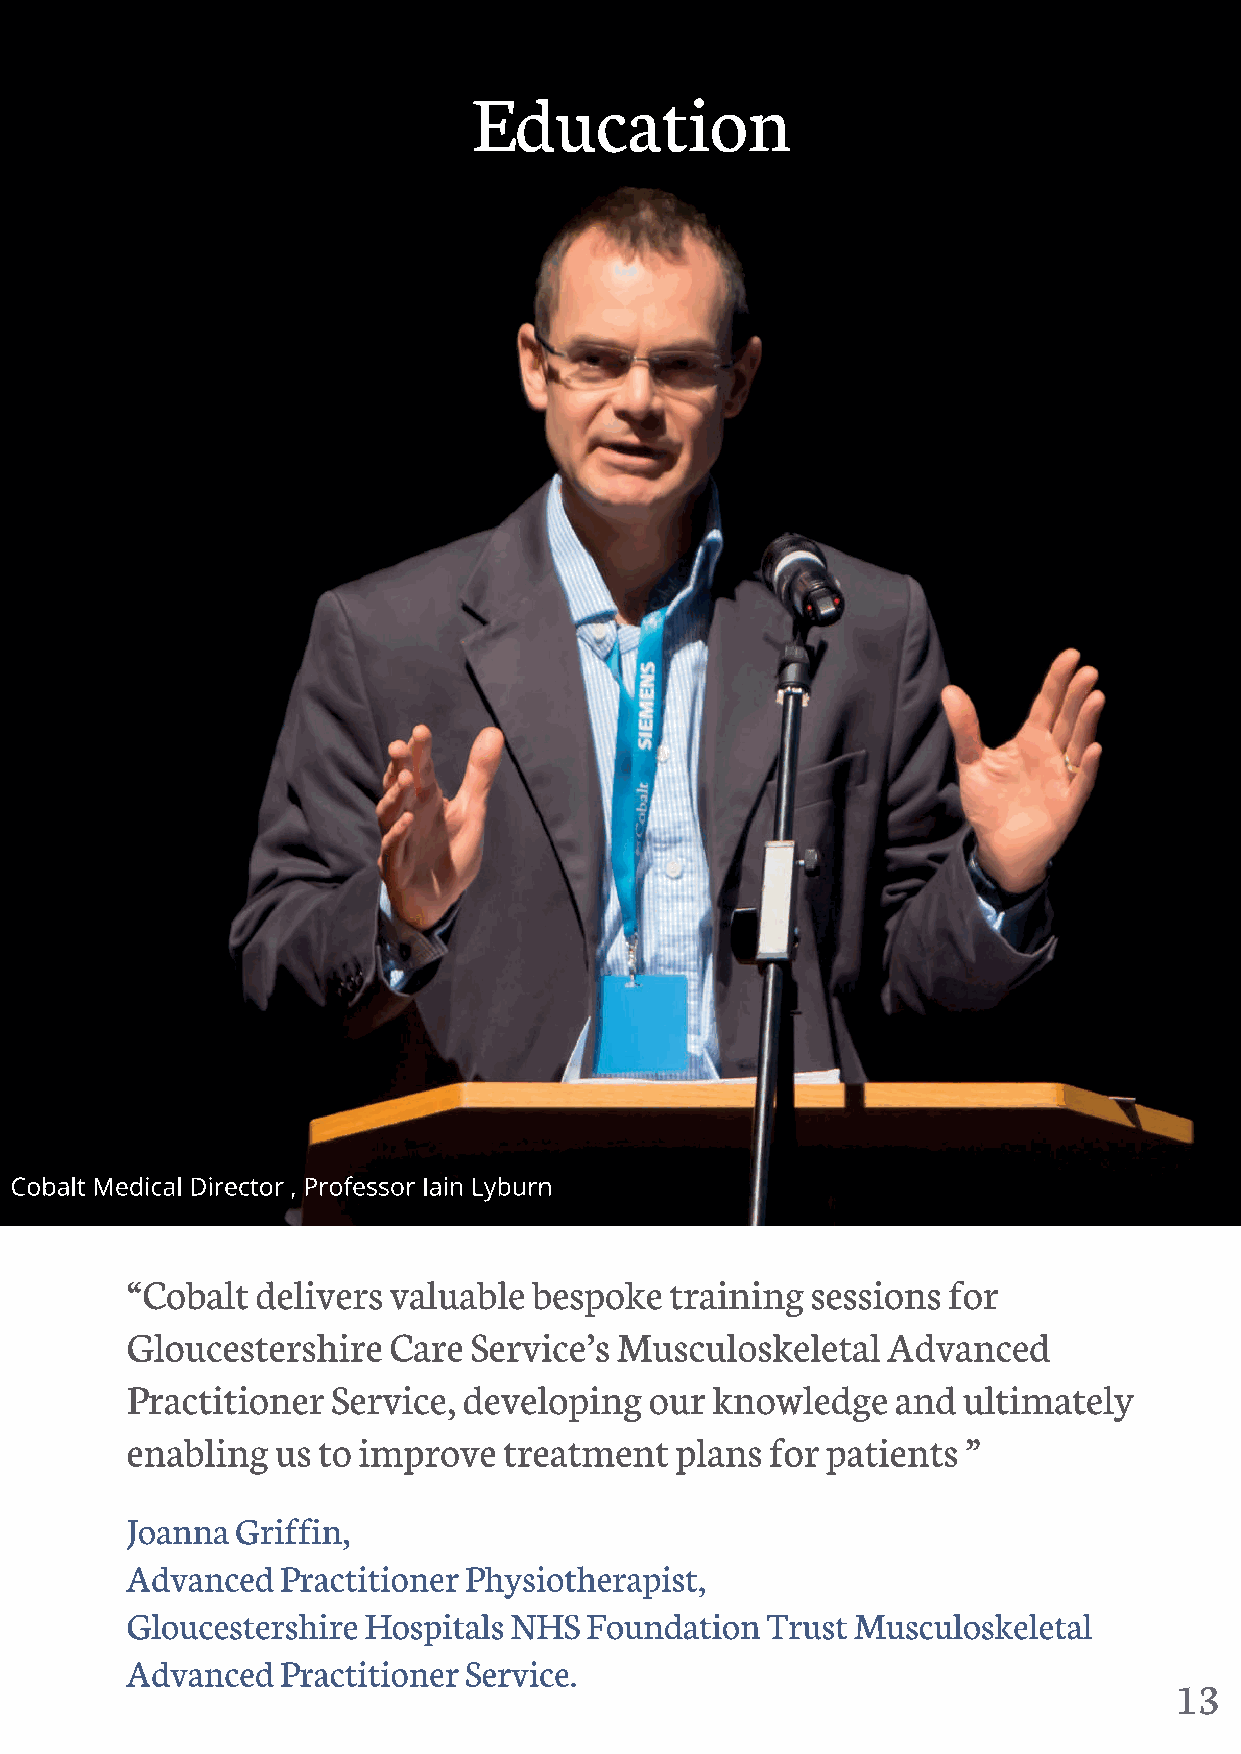
13